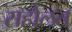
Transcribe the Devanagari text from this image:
सहोलत